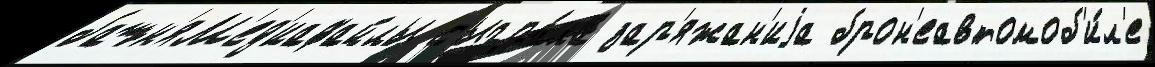
башн'яМ'ед'иафайлы сыгра́ла зар'яжан'иjа брон'еавтомоб'и́л'е